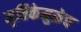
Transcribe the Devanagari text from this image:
मृत्तिकेमुळेच